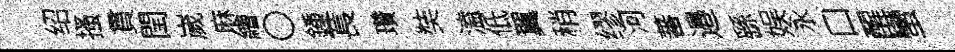
绍搔貫閏嵗麻繪〇鍾萇瓚奘溘低翼稍缪河蕃邉繇娱永口醒蠻